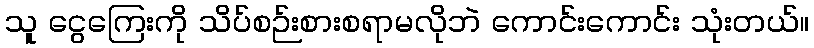
သူ ငွေကြေးကို သိပ်စဉ်းစားစရာမလိုဘဲ ကောင်းကောင်း သုံးတယ်။